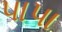
પાપા